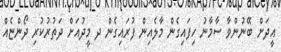
އީދަށް ބޭނުންވާ ސާމާނު ހިފައިގެން މާލެއިން ފުރައިގެން ދ މީދުއަށް ދަތުރުކުރި ދޯންޏެއް